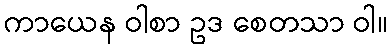
ကာယေန ဝါစာ ဥဒ စေတသာ ဝါ။